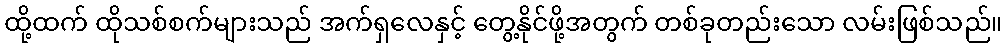
ထို့ထက် ထိုသစ်စက်များသည် အက်ရှလေနှင့် တွေ့နိုင်ဖို့အတွက် တစ်ခုတည်းသော လမ်းဖြစ်သည်။